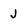
Character: j